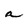
Character: a